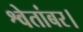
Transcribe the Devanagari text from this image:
श्वेतांबर।